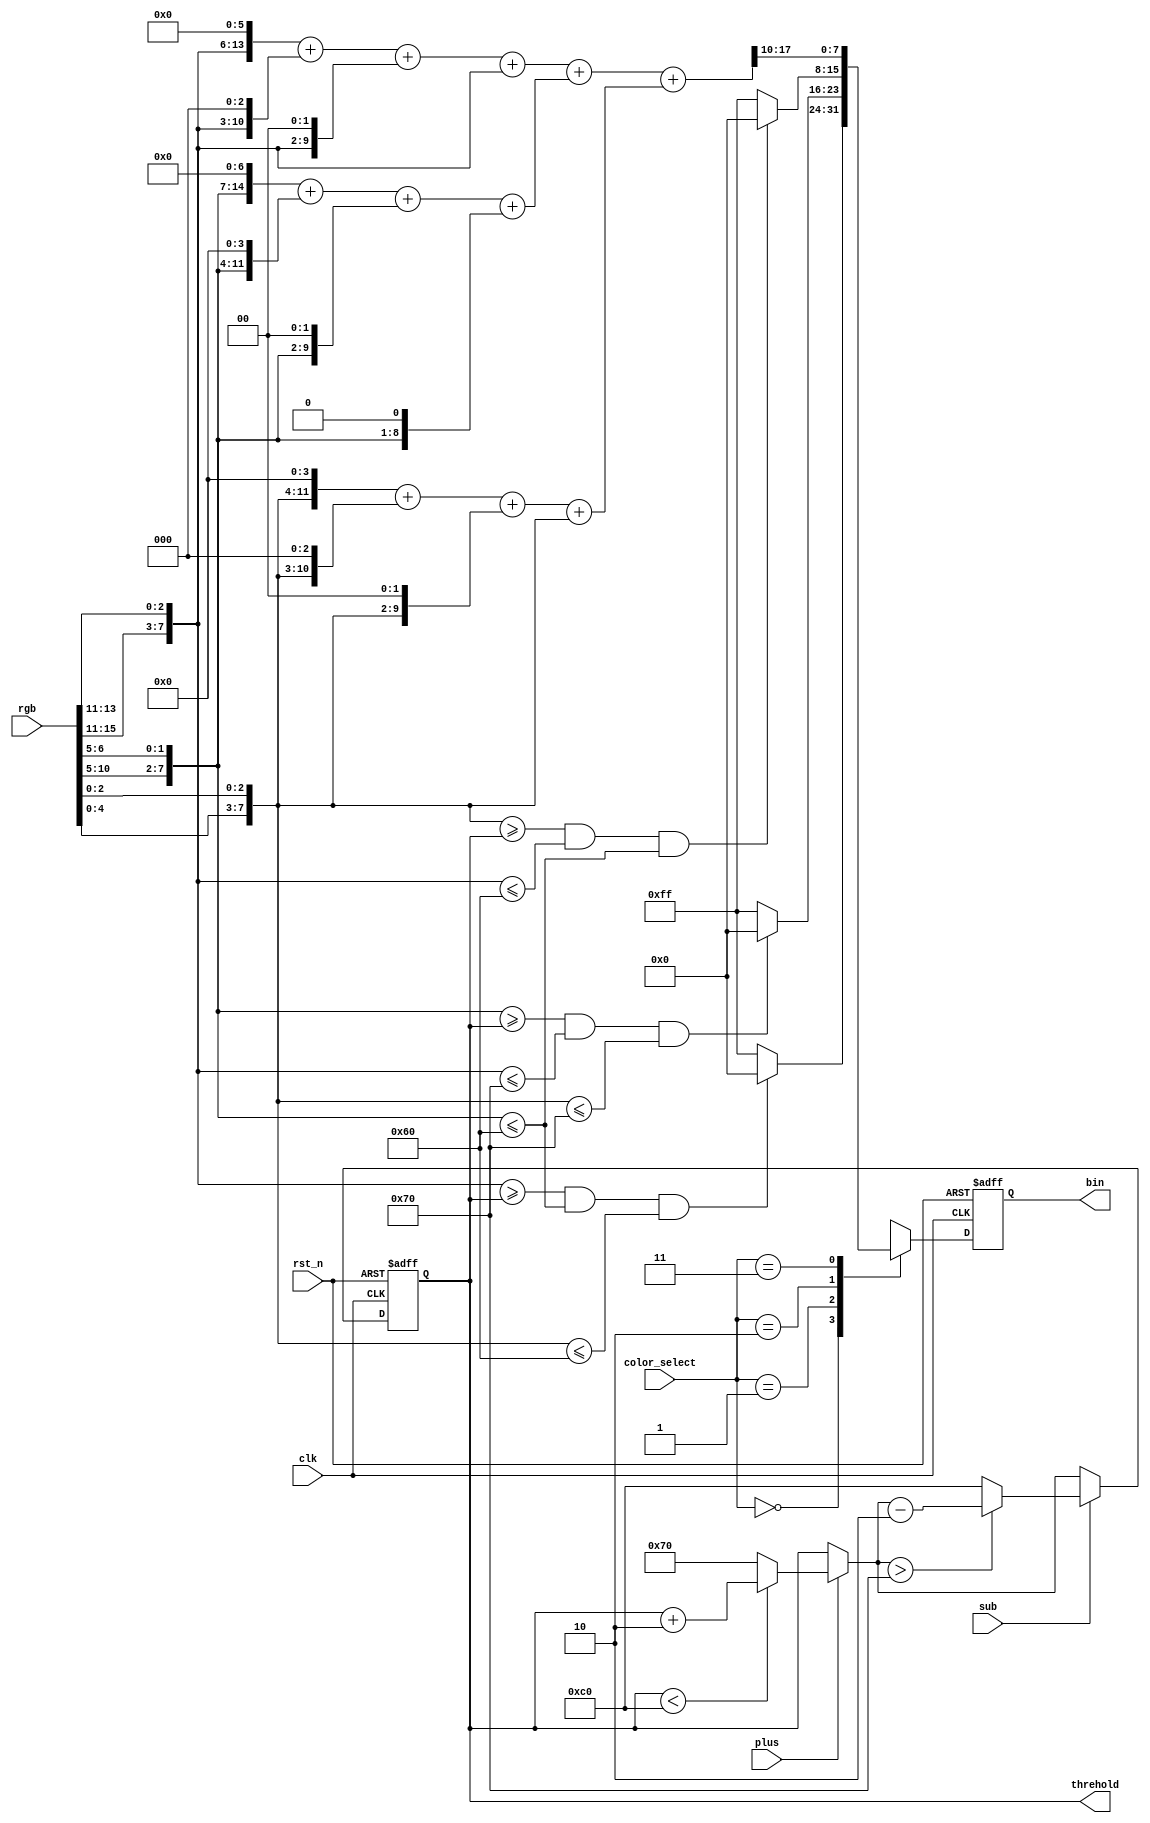
module RGB565_to_binary(
	input clk,
	input rst_n,
	input [15:0] rgb,
	input [1:0] color_select,
	input plus,
	input sub,
	output reg [7:0] threhold,
	output reg [7:0] bin
	);

	//reg [7:0] threhold;
	//reg restrain;

	reg [15:0] gray_r,gray_g,gray_b;
	reg [17:0] gray_temp;
	wire [7:0] r_in;
	wire [7:0] g_in;
	wire [7:0] b_in;

	assign r_in={rgb[15:11],rgb[13:11]};
	assign g_in={rgb[10:5],rgb[6:5]};
	assign b_in={rgb[4:0],rgb[2:0]};

	always@(posedge clk or negedge rst_n)
	begin
		if(!rst_n)
		begin
			threhold=128;
			//restrain=96;
		end
		else
		begin
			if(plus)
			begin
				if(threhold<192)
				begin
					threhold=threhold+2;
				end
				else
				begin
					threhold=112;
				end
			end
			if(sub)
			begin
				if(threhold>112)
				begin
					threhold=threhold-2;
				end
				else
				begin
					threhold=192;
				end
			end
		end
	end

	always@(posedge clk or negedge rst_n)
	begin
		if(!rst_n)
		begin
			bin=0;
			gray_r=0;
			gray_g=0;
			gray_b=0;
		end
		else
		begin
			case(color_select)
			2'b00:
			begin
				if(r_in>=threhold&&g_in<=96&&b_in<=96)
				begin
					bin=8'd0;
				end
				else
				begin
					bin=8'd255;
				end
			end
			2'b01:
			begin
				if(g_in>=threhold&&r_in<=112&&b_in<=112)
				begin
					bin=8'd0;
				end
				else
				begin
					bin=8'd255;
				end
			end
			2'b10:
			begin
				if(b_in>=threhold&&r_in<=96&&g_in<=96)
				begin
					bin=8'd0;
				end
				else
				begin
					bin=8'd255;
				end
			end
			2'b11:
			begin
				/*if(r_in>128&&g_in<=96&&b_in<=96)
				begin
					bin=8'd0;
				end
				else
				begin
					bin=8'd255;
				end8*/
				gray_r=(r_in<<6)+(r_in<<3)+(r_in<<2)+r_in;			//64+8+4+1=77
				gray_g=(g_in<<7)+(g_in<<4)+(g_in<<2)+(g_in<<1);		//128+16+4+2=150
				gray_b=(b_in<<4)+(b_in<<3)+(b_in<<2)+b_in;			//16+8+4+1=29
				gray_temp=gray_r+gray_g+gray_b;
				bin=gray_temp[17:10];
			end
			endcase
		end
	end
	
endmodule